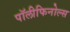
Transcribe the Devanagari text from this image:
पॉलीफिनोल्स